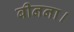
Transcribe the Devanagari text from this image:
बीनना।